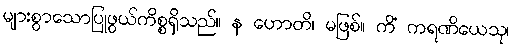
များစွာသောပြုဖွယ်ကိစ္စရှိသည်။ န ဟောတိ၊ မဖြစ်။ ကိံ ကရဏိယေသု၊